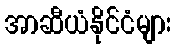
အာဆီယံနိုင်ငံများ